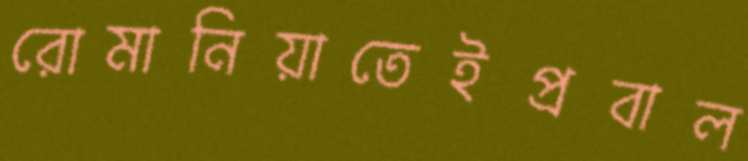
রোমানিয়াতেইপ্রবাল